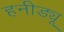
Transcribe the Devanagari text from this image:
हनीड्यू